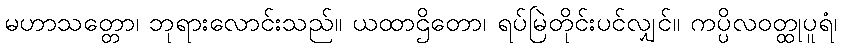
မဟာသတ္တော၊ ဘုရားလောင်းသည်။ ယထာဌိတော၊ ရပ်မြဲတိုင်းပင်လျှင်။ ကပ္ပိလဝတ္ထုပူရံ၊